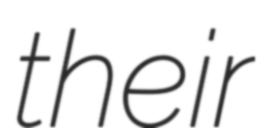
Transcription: their